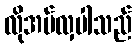
လိုအပ်လှပါသည်